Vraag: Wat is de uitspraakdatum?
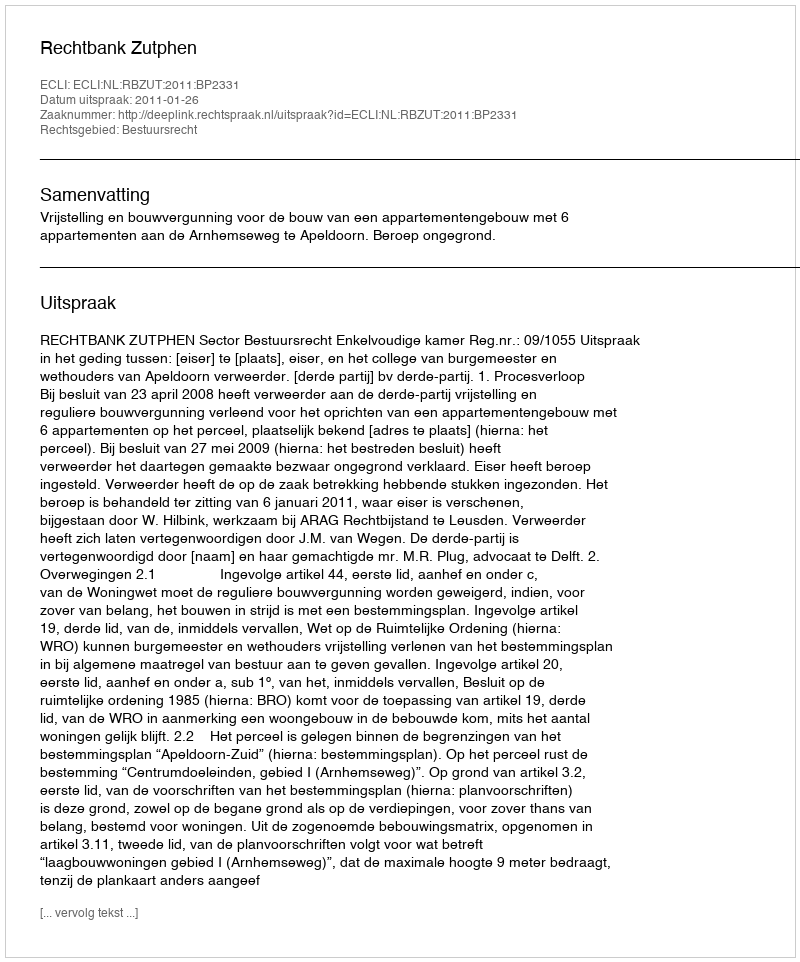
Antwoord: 2011-01-26